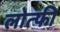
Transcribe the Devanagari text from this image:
लोत्फी